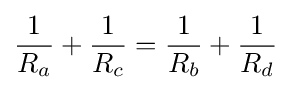
{\frac {1}{R_{a}}}+{\frac {1}{R_{c}}}={\frac {1}{R_{b}}}+{\frac {1}{R_{d}}}